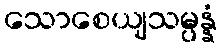
သောစေယျသမ္ပန္နံ